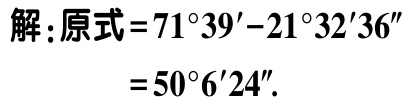
解：原式\(=71^{\circ}39'-21^{\circ}32'36''\)

\(=50^{\circ}6'24''\).